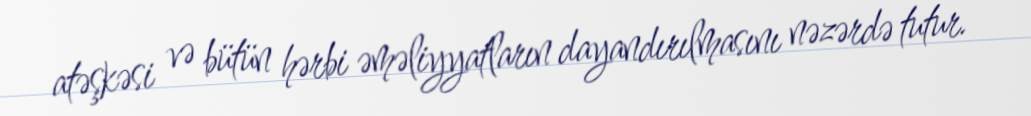
atəşkəsi və bütün hərbi əməliyyatların dayandırılmasını nəzərdə tutur.